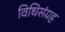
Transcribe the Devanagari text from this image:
विधिसंग्रह